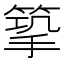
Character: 𢲿